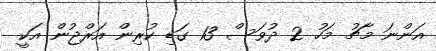
އަންނަ މާޗު މަހު 2 ދުވަސް 13 ގަޑި ކުރިން އަރްޖުން އަކީ